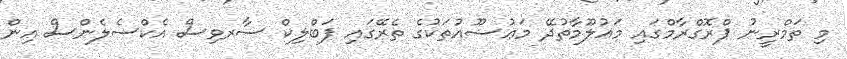
މި ތަމްރީނު ޕްރޮގްރާމްގައި މަޢުލޫމާތުދޭ މަޢުޟޫއުތަކުގެ ތެރޭގައި ޕަބްލިކް ސާރވިސް އެކްސެލެންސް އިން